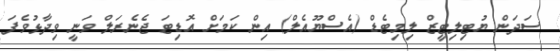
ސަދަން ޔުޓިލިޓީޒް ލިމިޓެޑް (އެސްޔޫއެލް) އިން ކަމަށް އޮޑިޓަ ޖެނެރަލް ވަނީ ވިދާޅުވެފަ